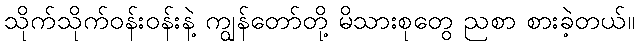
သိုက်သိုက်ဝန်းဝန်းနဲ့ ကျွန်တော်တို့ မိသားစုတွေ ညစာ စားခဲ့တယ်။